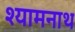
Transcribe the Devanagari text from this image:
श्यामनाथ